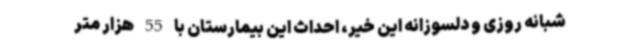
شبانه روزی و دلسوزانه این خیر، احداث این بیمارستان با 55 هزار متر